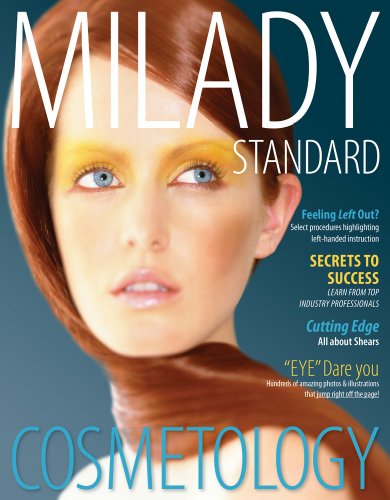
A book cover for Milady Standard Cosmetology 2012 (Milady's Standard Cosmetology); Milady; Arts & Photography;